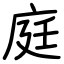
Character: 庭